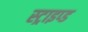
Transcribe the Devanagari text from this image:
स्ट्राइप्ड